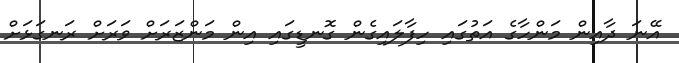
އޭނަ ދާއިން މަންހާގެ އަތުގައި ހިފާލައިގެން ގޮނޑީގައި އިން މަންޒަރަށް ވަރަށް ރަނގަޅަށް